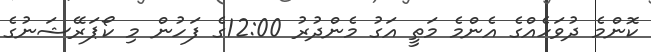
ކޮންމެ ދުވަހެއްގެ އެންމެ މަތީ އަގު މެންދުރު 12:00ގެ ފަހުން މި ކޯޕަރޭޝަނުގެ